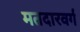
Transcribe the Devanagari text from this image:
मतदारवर्ग